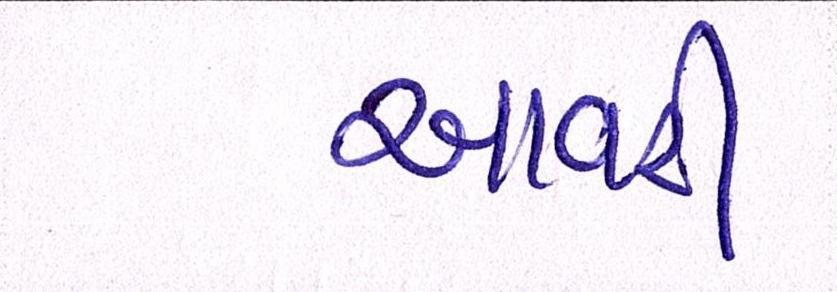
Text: આવરી